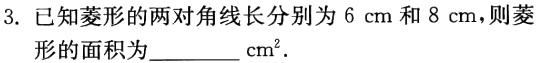
3. 已知菱形的两对角线长分别为\(6\mathrm{cm}\)和\(8\mathrm{cm}\)，则菱形的面积为________\(\mathrm{cm}^{2}\).